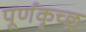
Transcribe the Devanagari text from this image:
पूर्णकृच्छ्र